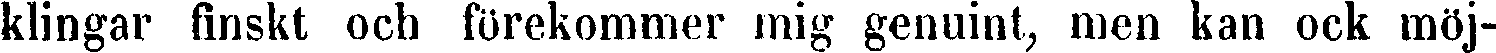
klingar finskt och förekommer mig genuint, men kan ock möj-